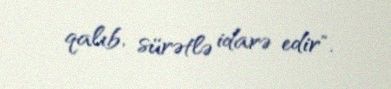
qalıb, sürətlə idarə edir".